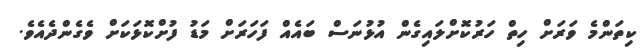
ކިތަންމެ ވަރަށް ހިތް ހަރުކޮށްލައިގެން އުޅުނަސް ބައެއް ފަހަރަށް މަޑު ފުށްކޮޅަކަށް ވެގެންދެއެވެ.